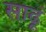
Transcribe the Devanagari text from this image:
साढूं